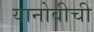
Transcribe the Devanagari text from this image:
यानोवीची